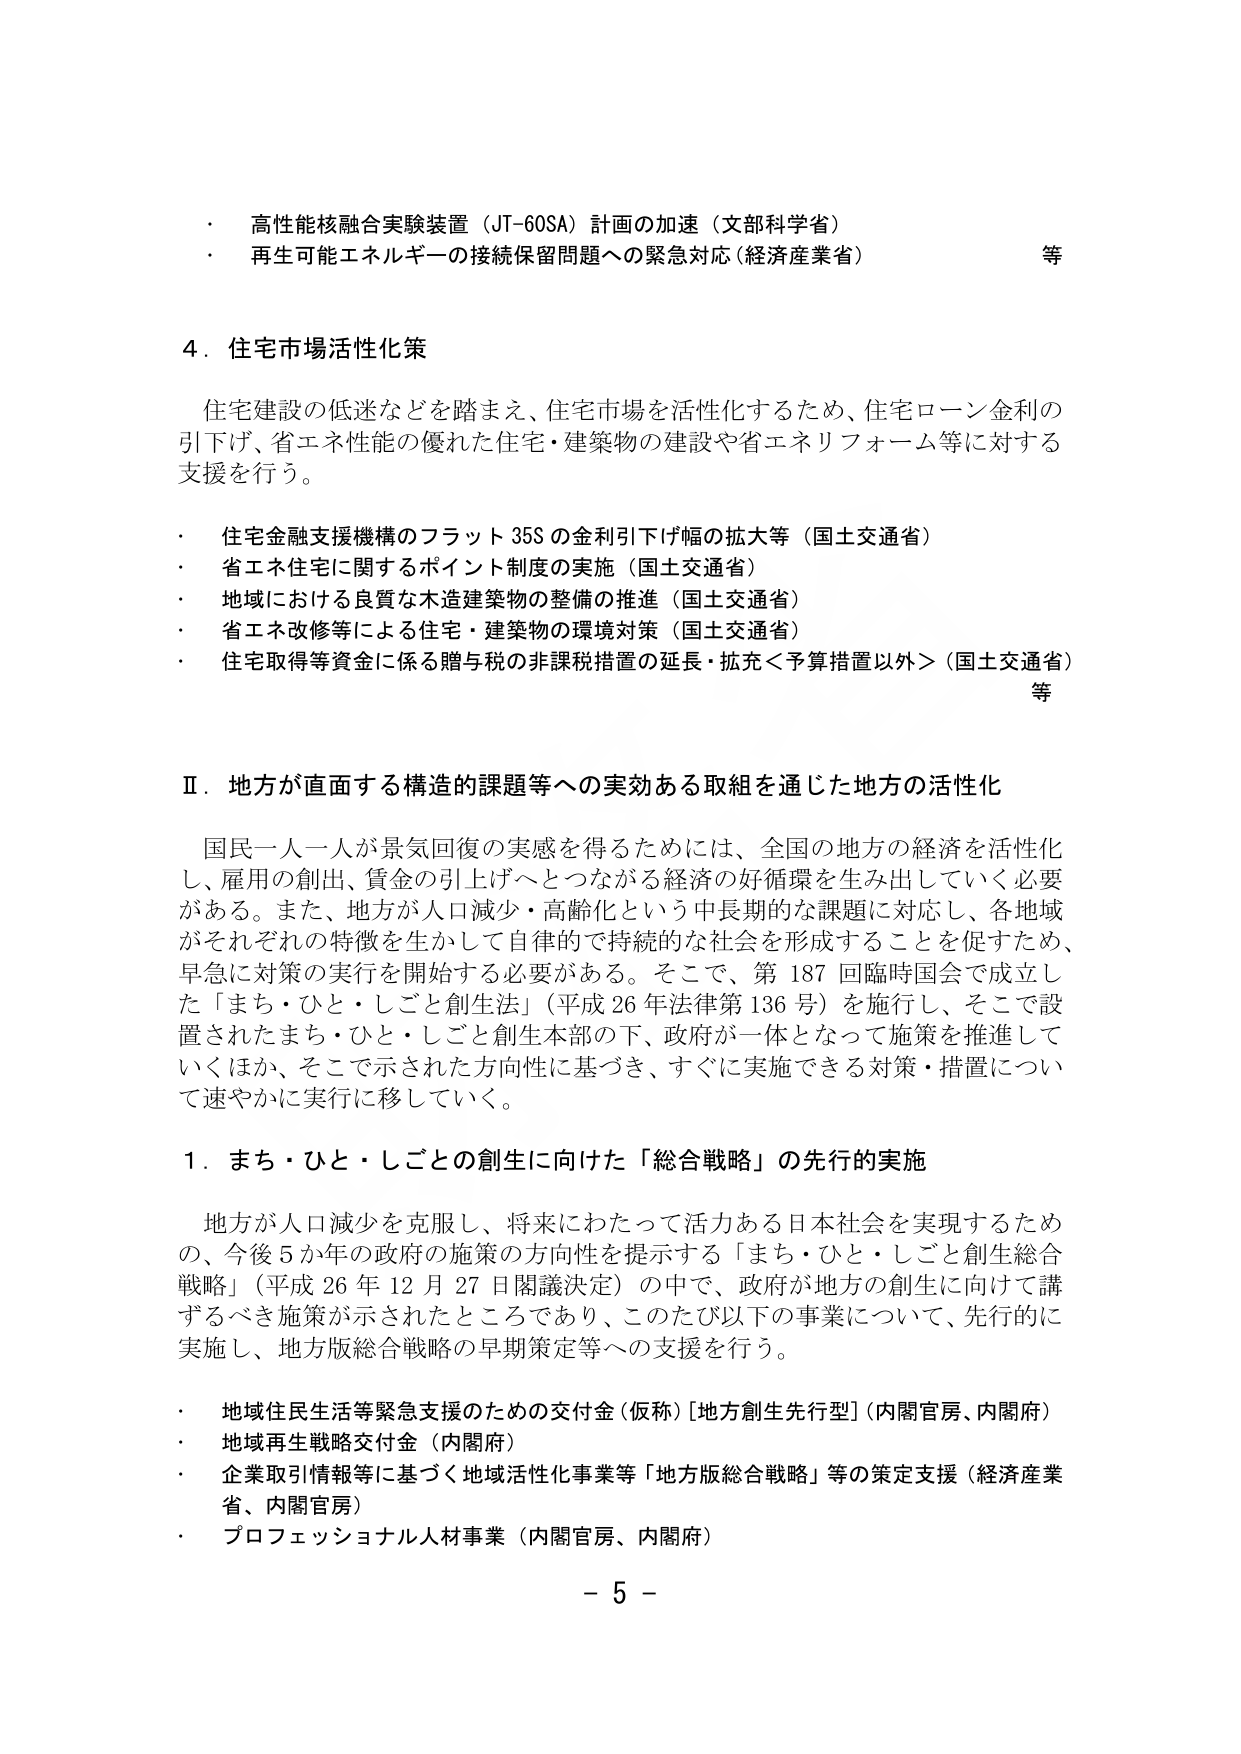
・ 高性能核融合実験装置（JT-60SA）計画の加速（文部科学省）
・ 再生可能エネルギーの接続保留問題への緊急対応（経済産業省） 等

4．住宅市場活性化策

住宅建設の低迷などを踏まえ、住宅市場を活性化するため、住宅ローン金利の引下げ、省エネ性能の優れた住宅・建築物の建設や省エネリフォーム等に対する支援を行う。

・ 住宅金融支援機構のフラット35Sの金利引下げ幅の拡大等（国土交通省）
・ 省エネ住宅に関するポイント制度の実施（国土交通省）
・ 地域における良質な木造建築物の整備の推進（国土交通省）
・ 省エネ改修等による住宅・建築物の環境対策（国土交通省）
・ 住宅取得等資金に係る贈与税の非課税措置の延長・拡充＜予算措置以外＞（国土交通省） 等

Ⅱ．地方が直面する構造的課題等への実効ある取組を通じた地方の活性化

国民一人一人が景気回復の実感を得るためには、全国の地方の経済を活性化し、雇用の創出、賃金の引上げへとつながる経済の好循環を生み出していく必要がある。また、地方が人口減少・高齢化という中長期的な課題に対応し、各地域がそれぞれの特徴を生かして自律的で持続的な社会を形成することを促すため、早急に対策の実行を開始する必要がある。そこで、第187回臨時国会で成立した「まち・ひと・しごと創生法」（平成26年法律第136号）を施行し、そこで設置されたまち・ひと・しごと創生本部の下、政府が一体となって施策を推進していくほか、そこで示された方向性に基づき、すぐに実施できる対策・措置について速やかに実行に移していく。

1．まち・ひと・しごとの創生に向けた「総合戦略」の先行的実施

地方が人口減少を克服し、将来にわたって活力ある日本社会を実現するための、今後5か年の政府の施策の方向性を提示する「まち・ひと・しごと創生総合戦略」（平成26年12月27日閣議決定）の中で、政府が地方の創生に向けて講ずるべき施策が示されたところであり、このたび以下の事業について、先行的に実施し、地方版総合戦略の早期策定等への支援を行う。

・ 地域住民生活等緊急支援のための交付金（仮称）[地方創生先行型]（内閣官房、内閣府）
・ 地域再生戦略交付金（内閣府）
・ 企業取引情報等に基づく地域活性化事業等「地方版総合戦略」等の策定支援（経済産業省、内閣官房）
・ プロフェッショナル人材事業（内閣官房、内閣府）

－ 5 －